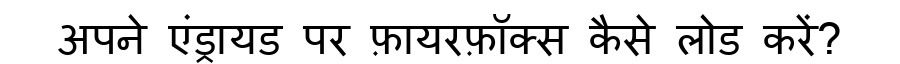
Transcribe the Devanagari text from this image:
अपने एंड्रायड पर फ़ायरफ़ॉक्स कैसे लोड करें?